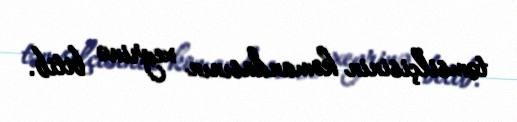
təmsilçisinin komandasının xeyrinə bitib.